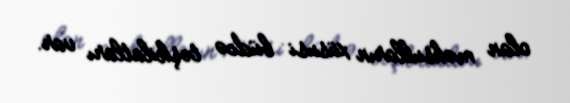
olan məhsulların xüsusi büdcə təşkilatları var.